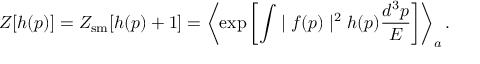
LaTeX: Z [ h ( p ) ] = Z _ { \mathrm { s m } } [ h ( p ) + 1 ] = \left\langle \exp \left[ \int \mid f ( p ) \mid ^ { 2 } h ( p ) { \frac { d ^ { 3 } p } { E } } \right] \right\rangle _ { a } .